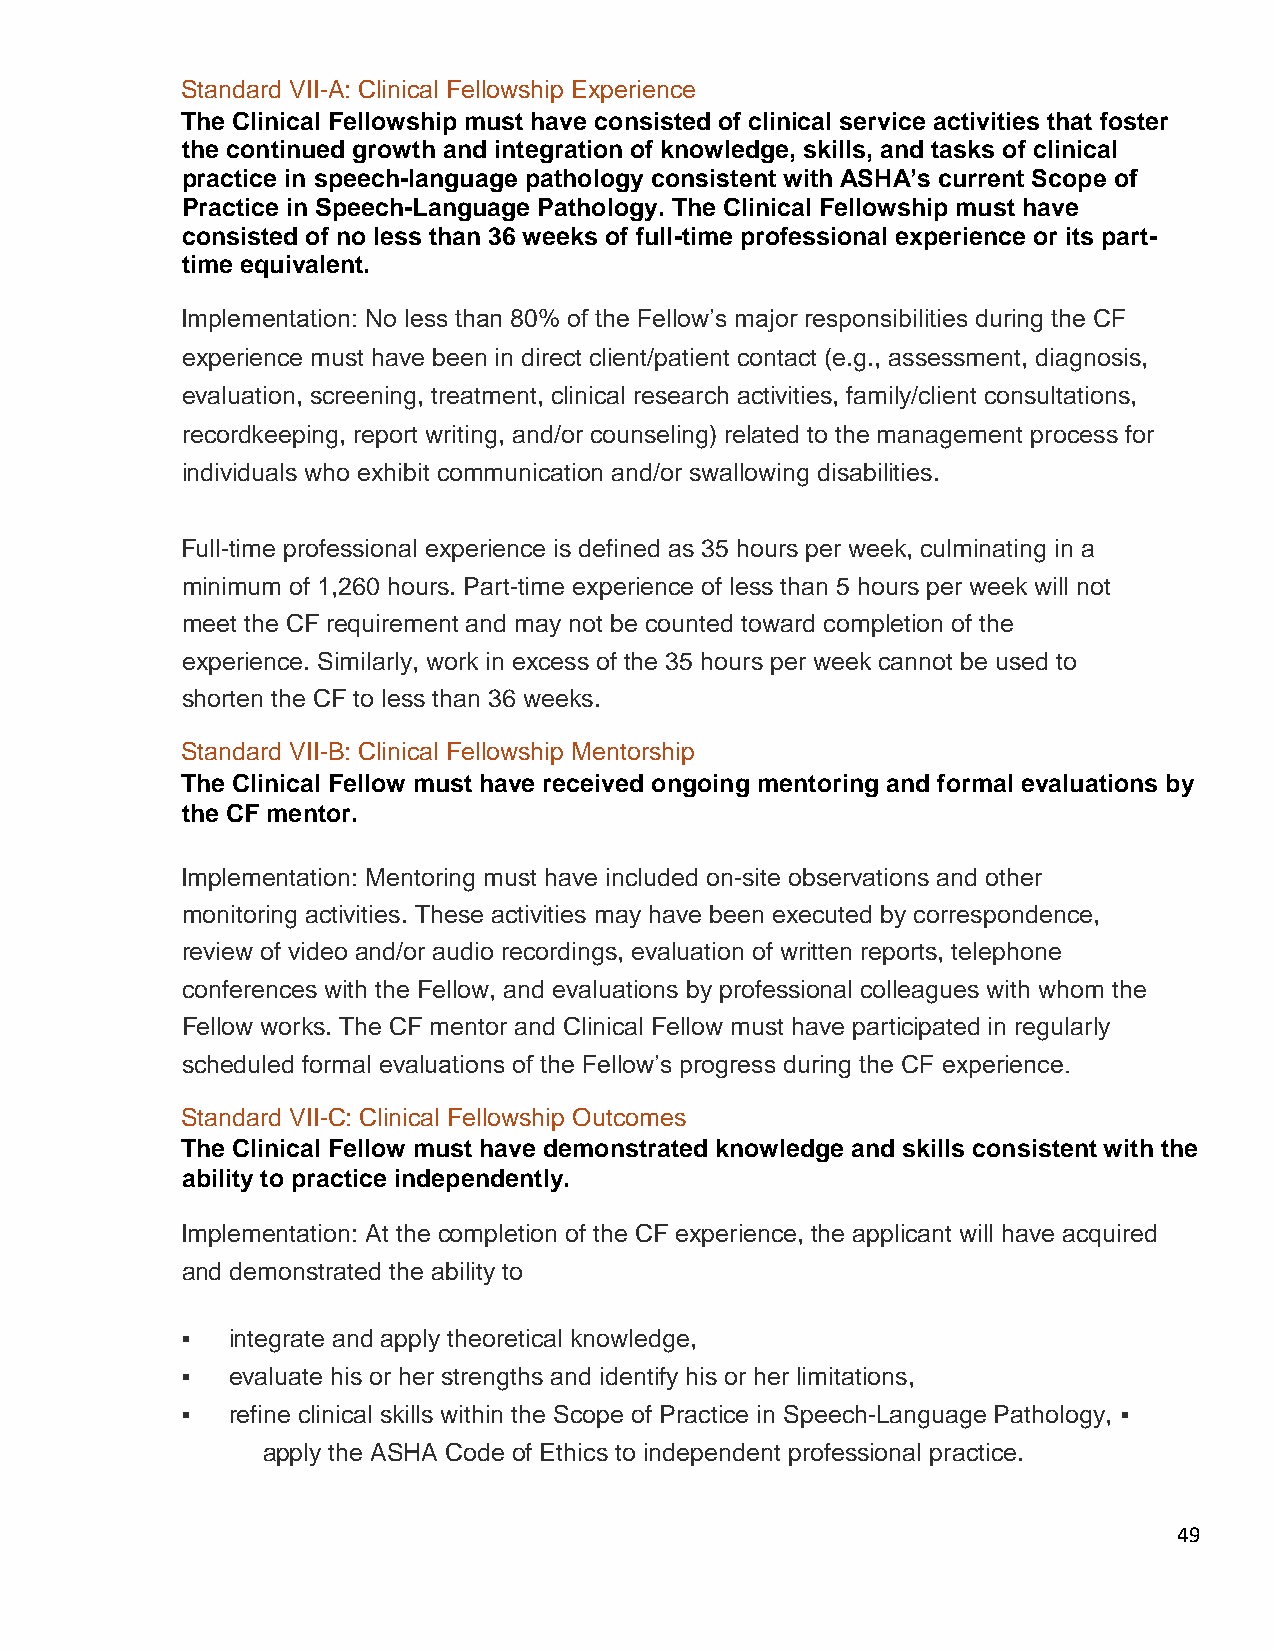
Standard VII-A: Clinical Fellowship Experience
 The Clinical Fellowship must have consisted of clinical service activities that foster
 the continued growth and integration of knowledge, skills, and tasks of clinical
 practice in speech-language pathology consistent with ASHA’s current Scope of
 Practice in Speech-Language Pathology. The Clinical Fellowship must have
 consisted of no less than 36 weeks of full-time professional experience or its part-
 time equivalent.
 Implementation: No less than 80% of the Fellow’s major responsibilities during the CF
 experience must have been in direct client/patient contact (e.g., assessment, diagnosis,
 evaluation, screening, treatment, clinical research activities, family/client consultations,
 recordkeeping, report writing, and/or counseling) related to the management process for
 individuals who exhibit communication and/or swallowing disabilities.
 Full-time professional experience is defined as 35 hours per week, culminating in a
 minimum of 1,260 hours. Part-time experience of less than 5 hours per week will not
 meet the CF requirement and may not be counted toward completion of the
 experience. Similarly, work in excess of the 35 hours per week cannot be used to
 shorten the CF to less than 36 weeks.
 Standard VII-B: Clinical Fellowship Mentorship
 The Clinical Fellow must have received ongoing mentoring and formal evaluations by
 the CF mentor.
 Implementation: Mentoring must have included on-site observations and other
 monitoring activities. These activities may have been executed by correspondence,
 review of video and/or audio recordings, evaluation of written reports, telephone
 conferences with the Fellow, and evaluations by professional colleagues with whom the
 Fellow works. The CF mentor and Clinical Fellow must have participated in regularly
 scheduled formal evaluations of the Fellow’s progress during the CF experience.
 Standard VII-C: Clinical Fellowship Outcomes
 The Clinical Fellow must have demonstrated knowledge and skills consistent with the
 ability to practice independently.
 Implementation: At the completion of the CF experience, the applicant will have acquired
 and demonstrated the ability to
   integrate and apply theoretical knowledge,
   evaluate his or her strengths and identify his or her limitations,
   refine clinical skills within the Scope of Practice in Speech-Language Pathology, 
  apply the ASHA Code of Ethics to independent professional practice.
 49